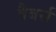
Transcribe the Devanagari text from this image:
वैबर्स